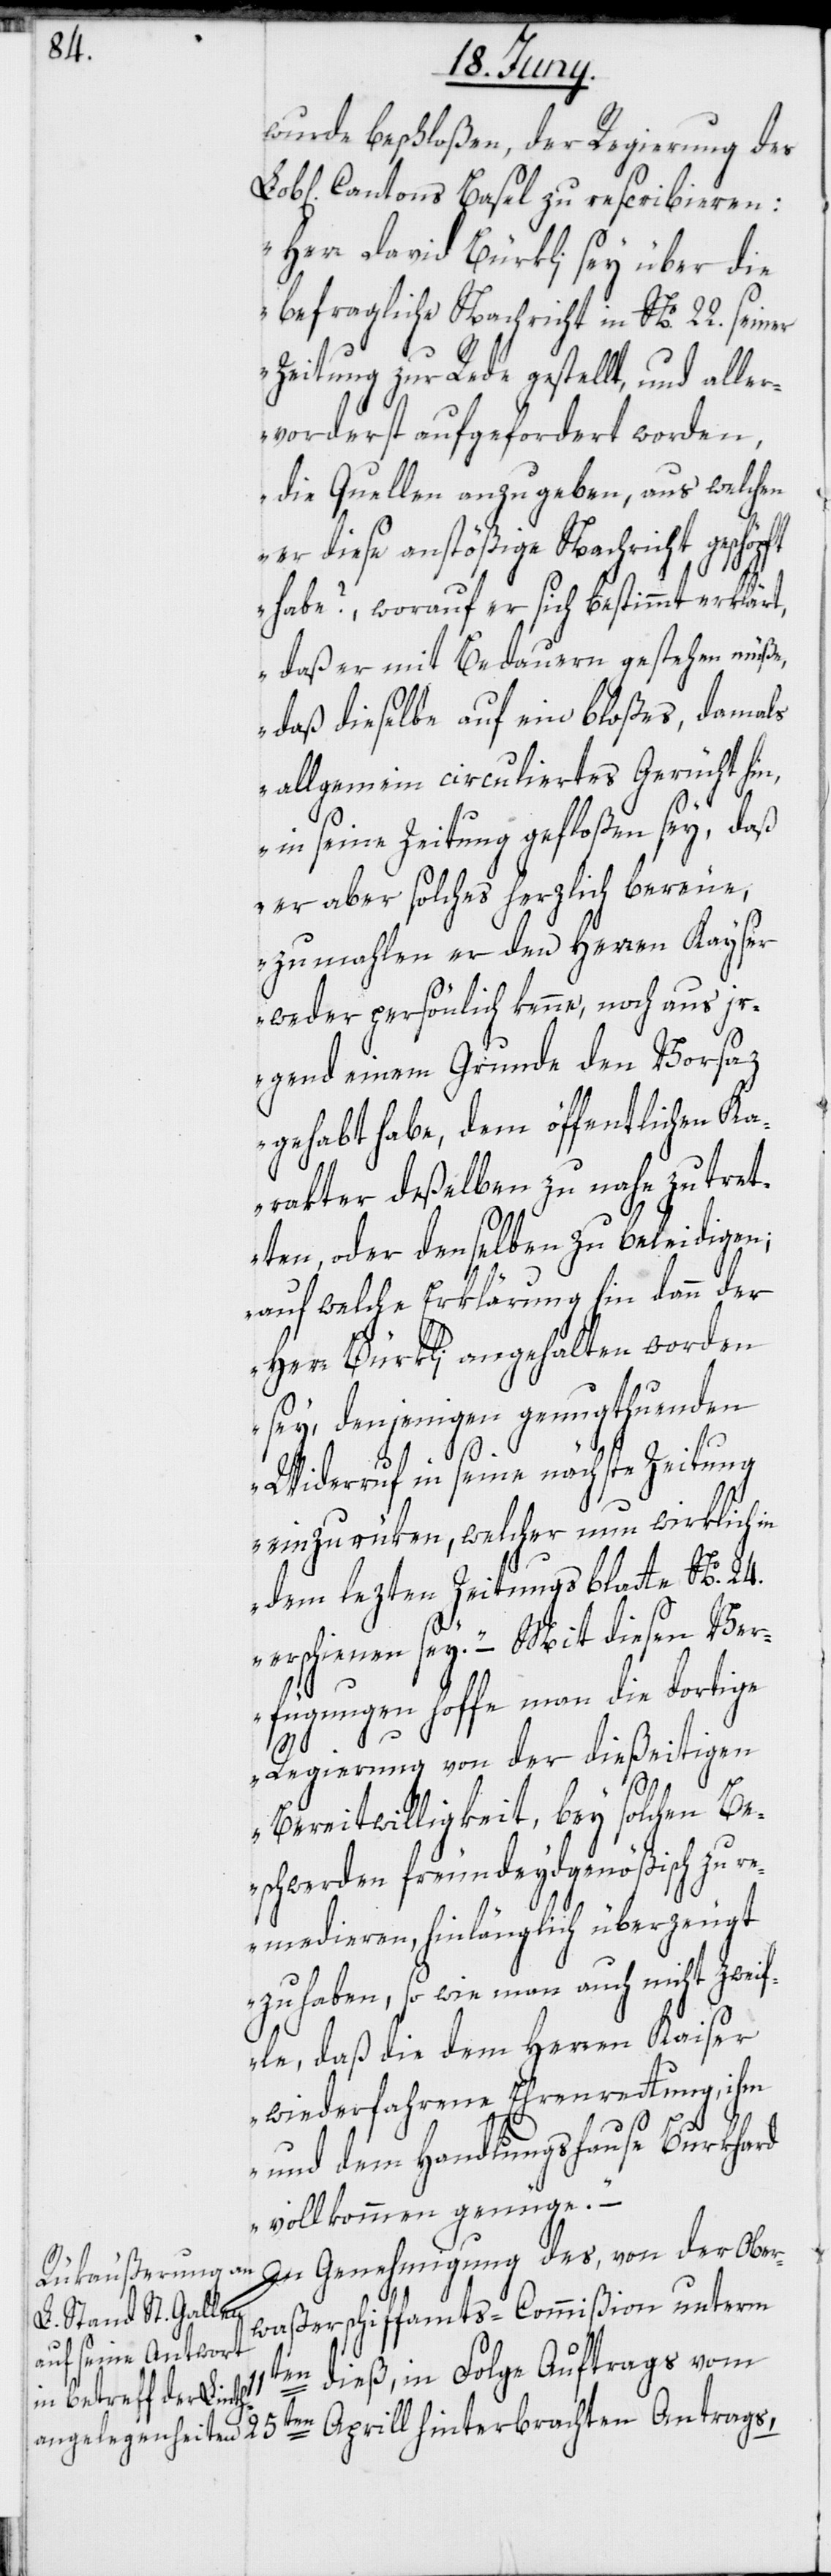
11t¬

wurde beschloßen, der Regierung des
Cantons Basel zu rescribieren:
„Herr David Bürkli sey über die
befragliche Nachricht in No. 22. seiner
Zeitung zur Rede gestellt, und aller¬
vorderst aufgefordert worden,
die Quellen anzugeben, aus welchen
er diese anstößige Nachricht gesch¬
habe?, worauf er sich bestimmt erklärt,
daß er mit Bedauern gestehen müße,
daß dieselbe auf ein bloßes, damals
allgemein circuliertes Gerücht hin,
in seine Zeitung gefloßen sey, daß
er aber solches herzlich bereue,
zumahlen er den Herren Kayser
weder persönlich kenne, noch aus ir¬
gend einem Grunde den Vorsaz
gehabt habe, dem öffentlichen Ka¬
rakter deßelben zu nahe zu tret¬
ten, oder denselben zu beleidigen;
auf welche Erklärung hin dann der
Herr Bürkli angehalten worden
sey, denjenigen genugthuenden
Widerruf in seine nächste Zeitung
einzurüken, welcher nun wirklich
dem lezten Zeitungsblatte No. 24.
erschienen sey. – Mit diesen Ver¬
fügungen hoffe man die dortige
Regierung von der dießeitigen
öpft
Bereitwilligkeit, bey solchen Be¬
schwerden freundeydgenößisch zu r¬
emedieren, hinlänglich überzeugt
zu haben, so wie man auch nicht zweif¬
le, daß die dem Herren Kaiser
wiederfahrene Ehrenrettung, ihm
und dem Handlungshause Burkhard
vollkommen genüge.“
In Genehmigung des, von der Ober¬
waßerschiffamts-Commißion unterm
en dieß, in Folge Auftrags vom